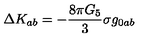
\Delta K _ { a b } = - \frac { 8 \pi G _ { 5 } } { 3 } \sigma g _ { 0 a b }